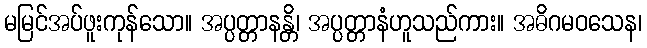
မမြင်အပ်ဖူးကုန်သော။ အပ္ပတ္တာနန္တိ၊ အပ္ပတ္တာနံဟူသည်ကား။ အဓိဂမဝသေန၊